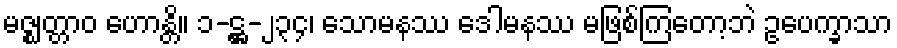
မဇ္ဈတ္တာဝ ဟောန္တိ။ ၁-ဋ္ဌ-၂၃၄၊ သောမနဿ ဒေါမနဿ မဖြစ်ကြတော့ဘဲ ဥပေက္ခာသာ